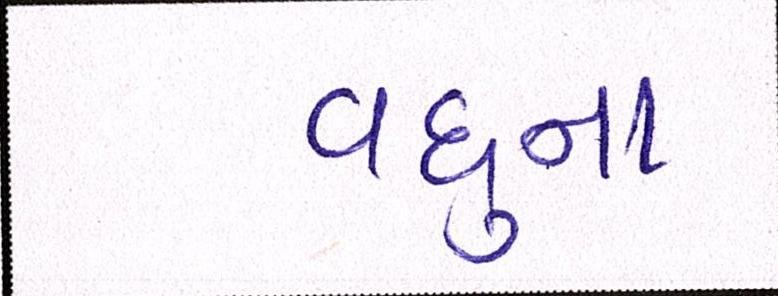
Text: વધુના